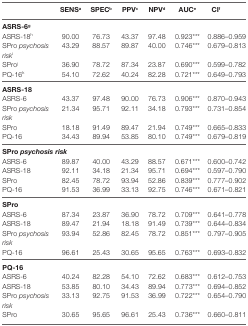
<table><thead><tr><td></td><td><b>SENS<sup>a</sup></b></td><td><b>SPEC<sup>b</sup></b></td><td><b>PPV<sup>c</sup></b></td><td><b>NPV<sup>d</sup></b></td><td><b>AUC<sup>e</sup></b></td><td><b>CI<sup>f</sup></b></td></tr></thead><tbody><tr><td colspan="7"><b>ASRS-6<sup>g</sup></b></td></tr><tr><td>ASRS-18<sup>h</sup></td><td>90.00</td><td>76.73</td><td>43.37</td><td>97.48</td><td>0.923***</td><td>0.886–0.959</td></tr><tr><td>SPro <i>psychosis risk</i><sup>i</sup></td><td>43.29</td><td>88.57</td><td>89.87</td><td>40.00</td><td>0.746***</td><td>0.679–0.813</td></tr><tr><td>SPro<sup>j</sup></td><td>36.90</td><td>78.72</td><td>87.34</td><td>23.87</td><td>0.690***</td><td>0.599–0.782</td></tr><tr><td>PQ-16<sup>k</sup></td><td>54.10</td><td>72.62</td><td>40.24</td><td>82.28</td><td>0.721***</td><td>0.649–0.793</td></tr><tr><td colspan="7"><b>ASRS-18</b></td></tr><tr><td>ASRS-6</td><td>43.37</td><td>97.48</td><td>90.00</td><td>76.73</td><td>0.906***</td><td>0.870–0.943</td></tr><tr><td>SPro <i>psychosis risk</i></td><td>21.34</td><td>95.71</td><td>92.11</td><td>34.18</td><td>0.793***</td><td>0.731–0.854</td></tr><tr><td>SPro</td><td>18.18</td><td>91.49</td><td>89.47</td><td>21.94</td><td>0.749***</td><td>0.665–0.833</td></tr><tr><td>PQ-16</td><td>34.43</td><td>89.94</td><td>53.85</td><td>80.10</td><td>0.749***</td><td>0.679–0.819</td></tr><tr><td colspan="7"><b>SPro <i>psychosis risk</i></b></td></tr><tr><td>ASRS-6</td><td>89.87</td><td>40.00</td><td>43.29</td><td>88.57</td><td>0.671***</td><td>0.600–0.742</td></tr><tr><td>ASRS-18</td><td>92.11</td><td>34.18</td><td>21.34</td><td>95.71</td><td>0.694***</td><td>0.597–0.790</td></tr><tr><td>SPro</td><td>82.45</td><td>78.72</td><td>93.94</td><td>52.86</td><td>0.839***</td><td>0.777–0.902</td></tr><tr><td>PQ-16</td><td>91.53</td><td>36.99</td><td>33.13</td><td>92.75</td><td>0.746***</td><td>0.671–0.821</td></tr><tr><td colspan="7"><b>SPro</b></td></tr><tr><td>ASRS-6</td><td>87.34</td><td>23.87</td><td>36.90</td><td>78.72</td><td>0.709***</td><td>0.641–0.778</td></tr><tr><td>ASRS-18</td><td>89.47</td><td>21.94</td><td>18.18</td><td>91.49</td><td>0.739***</td><td>0.644–0.834</td></tr><tr><td>SPro <i>psychosis risk</i></td><td>93.94</td><td>52.86</td><td>82.45</td><td>78.72</td><td>0.851***</td><td>0.797–0.905</td></tr><tr><td>PQ-16</td><td>96.61</td><td>25.43</td><td>30.65</td><td>95.65</td><td>0.763***</td><td>0.693–0.832</td></tr><tr><td colspan="7"><b>PQ-16</b></td></tr><tr><td>ASRS-6</td><td>40.24</td><td>82.28</td><td>54.10</td><td>72.62</td><td>0.683***</td><td>0.612–0.753</td></tr><tr><td>ASRS-18</td><td>53.85</td><td>80.10</td><td>34.43</td><td>89.94</td><td>0.773***</td><td>0.694–0.852</td></tr><tr><td>SPro <i>psychosis risk</i></td><td>33.13</td><td>92.75</td><td>91.53</td><td>36.99</td><td>0.722***</td><td>0.654–0.790</td></tr><tr><td>SPro</td><td>30.65</td><td>95.65</td><td>96.61</td><td>25.43</td><td>0.736***</td><td>0.660–0.811</td></tr></tbody></table>